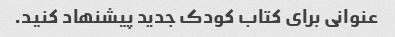
عنوانی برای کتاب کودک جدید پیشنهاد کنید.